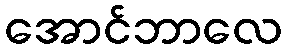
အောင်ဘာလေ